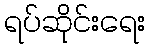
ရပ်ဆိုင်းရေး